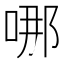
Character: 哪